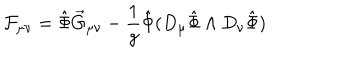
{ \cal F } _ { \mu \nu } = \hat { \Phi } \vec { G } _ { \mu \nu } - \frac { 1 } { g } \hat { \Phi } ( D _ { \mu } \hat { \Phi } \wedge D _ { \nu } \hat { \Phi } )